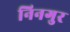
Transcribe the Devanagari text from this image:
निनगुर